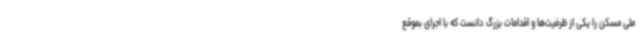
ملی مسکن را یکی از ظرفیت‌ها و اقدامات بزرگ دانست که با اجرای بموقع